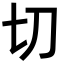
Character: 切